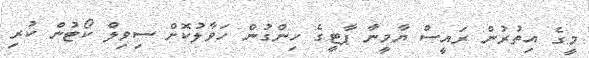
މީގެ އިތުރުން ރައީސް ޔާމީނާ ޕާޓީގެ ހިންގުން ހަވާލުކޮށް ސިވިލް ކޯޓުން ކުރި